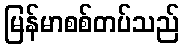
မြန်မာစစ်တပ်သည်